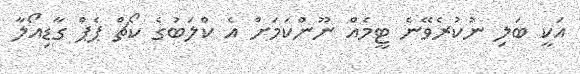
އަކީ ބަލި ނުކުރެވޭނެ ޓީމެއް ނޫންކަމަށް އެ ކްލަބުގެ ކޯޗް ޕެޕް ގާޑިއޯލާ